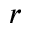
r